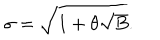
LaTeX: \sigma = \sqrt { 1 + \theta \sqrt { B } } .